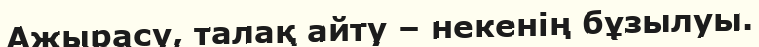
Ажырасу, талақ айту – некенің бұзылуы.